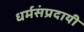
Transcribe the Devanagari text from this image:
धर्मसंप्रदायी